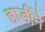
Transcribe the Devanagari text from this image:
हार्डीने